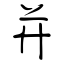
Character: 并